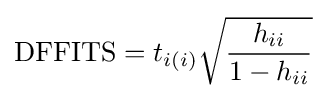
{\text{DFFITS}}=t_{i(i)}{\sqrt {\frac {h_{ii}}{1-h_{ii}}}}